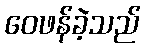
ဝေဖန်ခဲ့သည်